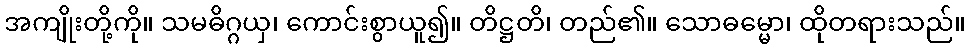
အကျိုးတို့ကို။ သမဓိဂ္ဂယှ၊ ကောင်းစွာယူ၍။ တိဋ္ဌတိ၊ တည်၏။ သောဓမ္မော၊ ထိုတရားသည်။